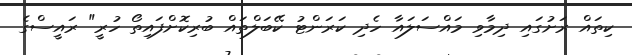
ކިތައް ރަށުގައި ދިމާވި މައްސަލައާ ހެދި ކަރަންޓު ކޭބަލްތައް ބުރިކޮށްފައިތޯ ހުރީ" ރައީސްގެ